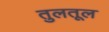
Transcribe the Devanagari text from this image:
तुलतूल